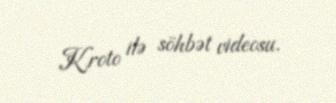
Kroto ilə söhbət videosu.